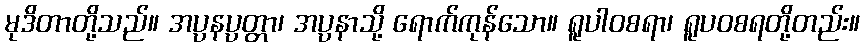
မုဒိတာတို့သည်။ အပ္ပနပ္ပတ္တာ၊ အပ္ပနာသို့ ရောက်ကုန်သော။ ရူပါဝစရာ၊ ရူပဝစရတို့တည်း။